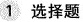
1选择题